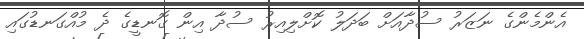
އެންމެންގެ ނަޒަރު ސުދާއަށް ބަދަލު ކޮށްލިއިރު ސުދާ އިން ގޮނޑީގެ ދެ މުއްގަނޑުގައި